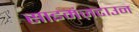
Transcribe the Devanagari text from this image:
साइमंज़टाउन